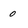
Character: 0